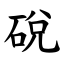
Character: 䂱